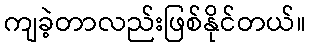
ကျခဲ့တာလည်းဖြစ်နိုင်တယ်။